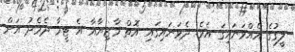
ލީގުގެ އެއްވަނައިގަ އެވެ. ދެވަނައިގައި އޮތް މާޒިޔާއާ އެ ޓީމާ ދެމެދު އަށް